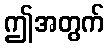
ဤအတွက်